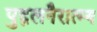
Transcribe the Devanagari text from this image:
पुद्गलनैरात्म्य